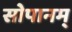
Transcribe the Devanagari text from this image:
सोपानम्